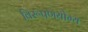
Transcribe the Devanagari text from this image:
विरूपणयोग्य